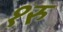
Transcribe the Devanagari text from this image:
१रु